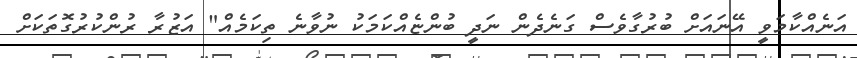
އަނެއްކާމަވީ އޭނައަށް ބުރުގާވެސް ގަނެދެން ނަދީ ބުންޏެއްކަމަކު ނުވާނެ ތިކަމެއް" އަޒުރާ ރުންކުރުގޮތަކަށް